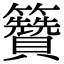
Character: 籫